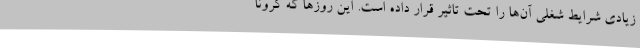
زیادی شرایط شغلی آن‌ها را تحت تاثیر قرار داده است. این روزها که کرونا